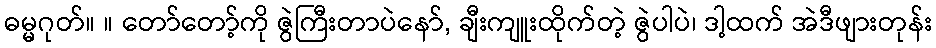
ဓမ္မဂုတ်။ ။ တော်တော့်ကို ဇွဲကြီးတာပဲနော်, ချီးကျူးထိုက်တဲ့ ဇွဲပါပဲ၊ ဒါ့ထက် အဲဒီဖျားတုန်း